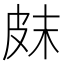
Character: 𤿗